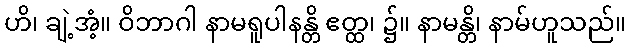
ဟိ၊ ချဲ့အံ့။ ဝိဘာဂါ နာမရူပါနန္တိ ဧတ္ထ၊ ၌။ နာမန္တိ၊ နာမ်ဟူသည်။